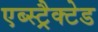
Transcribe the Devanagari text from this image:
एब्स्ट्रैक्टेड